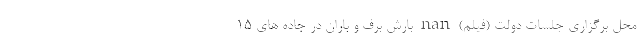
محل برگزاری جلسات دولت (فیلم) nan بارش برف و باران در جاده های ۱۵